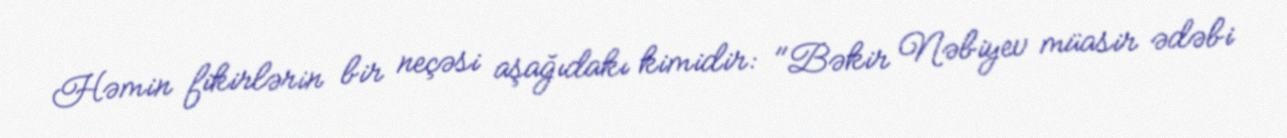
Həmin fikirlərin bir neçəsi aşağıdakı kimidir: "Bəkir Nəbiyev müasir ədəbi